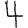
Digit: 4